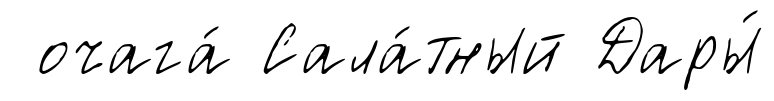
очага́ Сала́тный Дары́